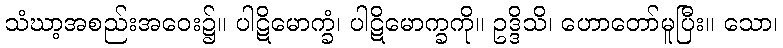
သံဃာ့အစည်းအဝေး၌။ ပါဋိမောက္ခံ၊ ပါဋိမောက္ခကို။ ဥဒ္ဒိသိ၊ ဟောတော်မူပြီး။ သော၊